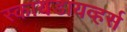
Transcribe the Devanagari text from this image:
स्कायडायव्हर्स